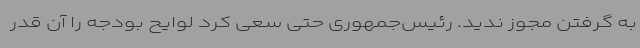
به گرفتن مجوز ندید. رئیس‌جمهوری حتی سعی کرد لوایح بودجه را آن‌ قدر